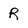
Character: R